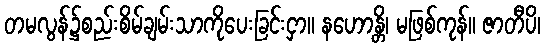
တမလွန်၌စည်းစိမ်ချမ်းသာကိုပေးခြင်းငှာ။ နဟောန္တိ၊ မဖြစ်ကုန်။ ဇာတီပိ၊